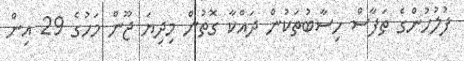
ފުލުހުންގެ ތަފާސް ހިސާބުތަކުން ދައްކާ ގޮތުން މިދިޔަ ޖޫން މަހުގެ 29 އިން